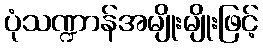
ပုံသဏ္ဍာန်အမျိုးမျိုးဖြင့်